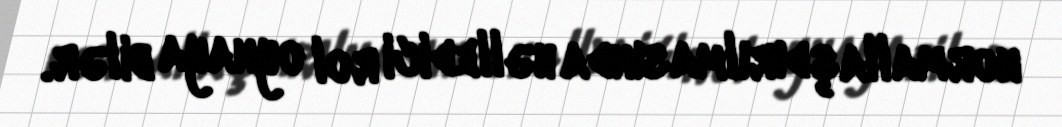
normallaşdırılmasında həlledici rol oynaya bilər.